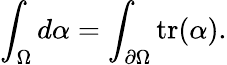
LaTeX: \int_{\Omega}d\alpha=\int_{\partial\Omega}\mathrm{tr}(\alpha).